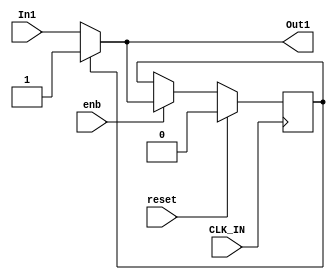
module Latch_Index_Pulse
          (
           CLK_IN,
           reset,
           enb,
           In1,
           Out1
          );


  input   CLK_IN;
  input   reset;
  input   enb;
  input   In1;
  output  Out1;


  wire Constant1_out1;
  wire Switch_out1;
  reg  Delay_out1;


  // <S7>/Constant1
  assign Constant1_out1 = 1'b1;



  // <S7>/Delay
  always @(posedge CLK_IN)
    begin : Delay_process
      if (reset == 1'b1) begin
        Delay_out1 <= 1'b0;
      end
      else if (enb) begin
        Delay_out1 <= Switch_out1;
      end
    end



  // <S7>/Switch
  assign Switch_out1 = (Delay_out1 == 1'b0 ? In1 :
              Constant1_out1);



  assign Out1 = Switch_out1;

endmodule